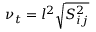
\nu _ { t } = l ^ { 2 } \sqrt { S _ { i j } ^ { 2 } }